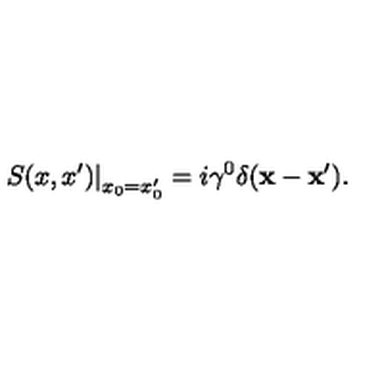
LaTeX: \left. S ( x , x ^ { \prime } ) \right| _ { x _ { 0 } = x _ { 0 } ^ { \prime } } = i \gamma ^ { 0 } \delta ( { \bf x } - { \bf x } ^ { \prime } ) .